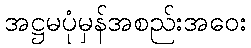
အဋ္ဌမပုံမှန်အစည်းအဝေး